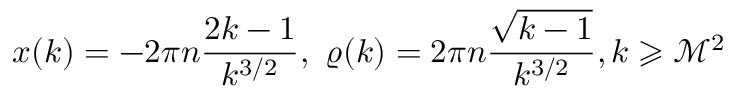
x ( k ) = - 2 \pi n \frac { 2 k - 1 } { k ^ { 3 / 2 } } , ~ \varrho ( k ) = 2 \pi n \frac { \sqrt { k - 1 } } { k ^ { 3 / 2 } } , k \geqslant \mathcal { M } ^ { 2 }